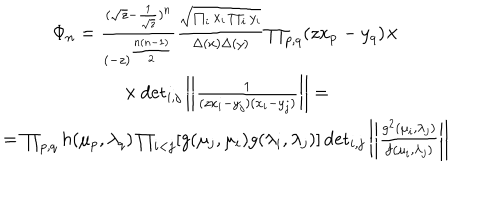
LaTeX: \begin{array} { c } { { \Phi _ { n } = \frac { ( \sqrt { z } - \frac { 1 } { \sqrt { z } } ) ^ { n } } { ( - z ) ^ { \frac { n ( n - 1 ) } { 2 } } } \frac { \sqrt { \prod _ { i } x _ { i } \prod _ { i } y _ { i } } } { \Delta ( x ) \Delta ( y ) } \prod _ { p , q } ( z x _ { p } - y _ { q } ) \times } } \\ { { \times \det _ { i , j } \left| \left| \frac { 1 } { ( z x _ { i } - y _ { j } ) ( x _ { i } - y _ { j } ) } \right| \right| = } } \\ { { = \prod _ { p , q } h ( \mu _ { p } , \lambda _ { q } ) \prod _ { i < j } [ g ( \mu _ { j } , \mu _ { i } ) g ( \lambda _ { i } , \lambda _ { j } ) ] \det _ { i , j } \left| \left| \frac { g ^ { 2 } ( \mu _ { i } , \lambda _ { j } ) } { f ( \mu _ { i } , \lambda _ { j } ) } \right| \right| } } \\ \end{array}